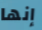
إنها